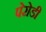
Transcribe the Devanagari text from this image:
पेरोडी